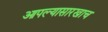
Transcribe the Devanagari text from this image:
आपल्यासारखाच